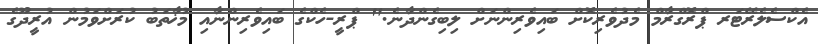
އެކްސެލެރޭޓަރ ޕްރޮގްރާމް މެދުވެރިކޮށް ބައިވެރިންނަށް ލިބިގެންދާނެ." ޕްރީ-ހެކްގެ ބައިވެރިންނާއި މުޚާތަބު ކުރަށްވަމުން އުރީދޫގެ